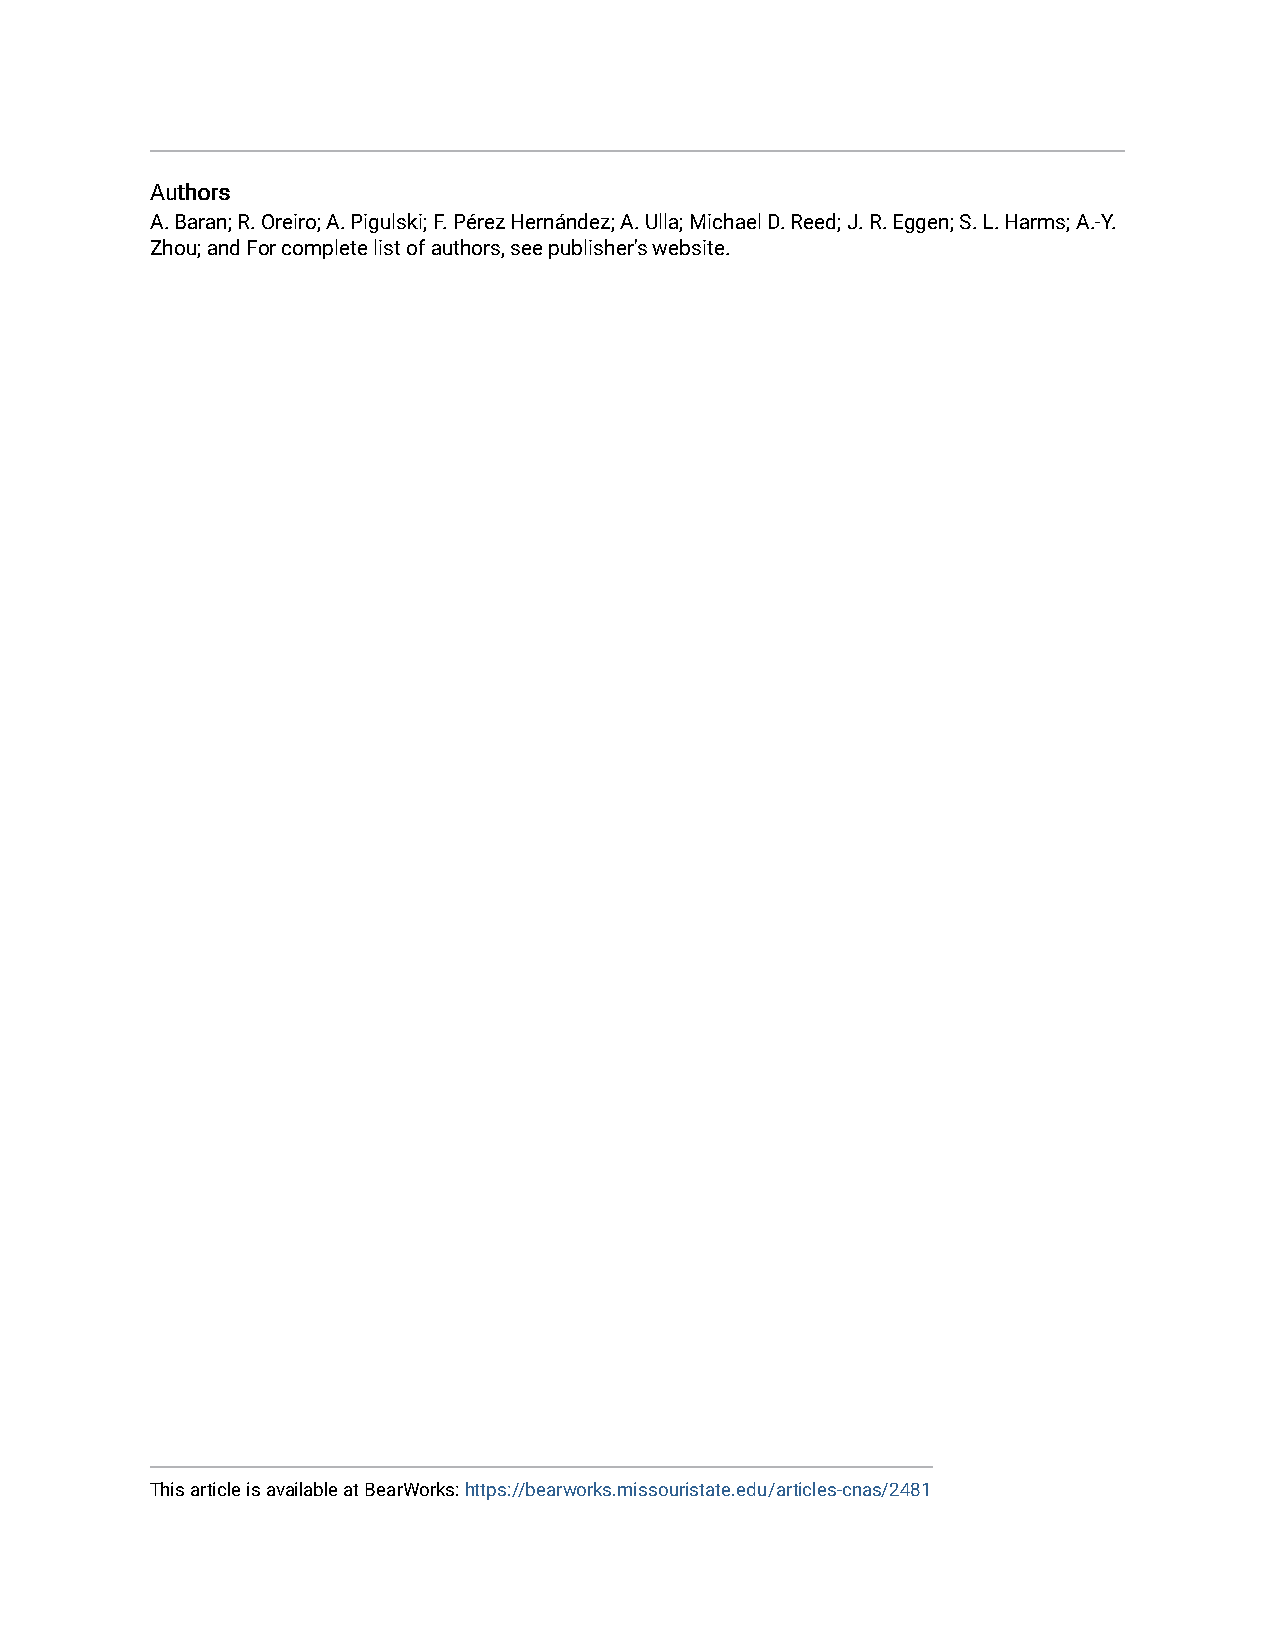
AAuutthhoorrss
 A. Baran; R. Oreiro; A. Pigulski; F. Pérez Hernández; A. Ulla; Michael D. Reed; J. R. Eggen; S. L. Harms; A.-Y.
 Zhou; and For complete list of authors, see publisher's website.
 This article is available at BearWorks: https://bearworks.missouristate.edu/articles-cnas/2481